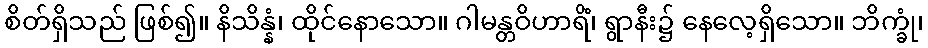
စိတ်ရှိသည် ဖြစ်၍။ နိသိန္နံ၊ ထိုင်နောသော။ ဂါမန္တဝိဟာရိံ၊ ရွာနီး၌ နေလေ့ရှိသော။ ဘိက္ခုံ၊